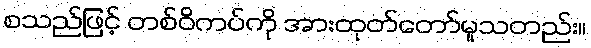
စသည်ဖြင့် တစ်ဝိကပ်ကို အားထုတ်တော်မူသတည်း။